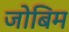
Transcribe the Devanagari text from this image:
जोबिम